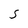
Character: S